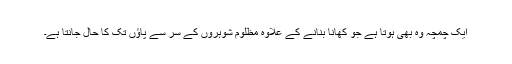
ایک چمچہ وہ بھی ہوتا ہے جو کھانا بنانے کے علاوہ مظلوم شوہروں کے سر سے پاﺅں تک کا حال جانتا ہے۔